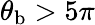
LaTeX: \theta_{\mathrm{b}}>5\pi